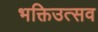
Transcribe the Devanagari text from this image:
भक्तिउत्सव